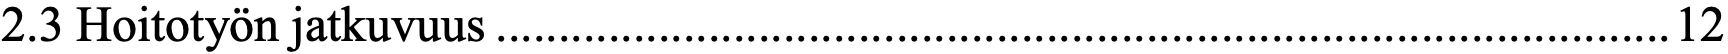
2.3 Hoitotyön jatkuvuus .............................................................................................. 12